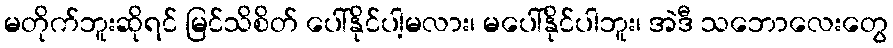
မတိုက်ဘူးဆိုရင် မြင်သိစိတ် ပေါ်နိုင်ပါ့မလား၊ မပေါ်နိုင်ပါဘူး၊ အဲဒီ သဘောလေးတွေ